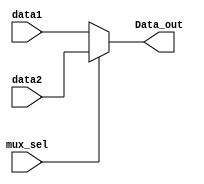

module mux2to1
#(
	parameter Nbit=12
)
(
	input mux_sel,
	input [Nbit-1:0] data1,
	input [Nbit-1:0] data2,
	output [Nbit-1:0] Data_out
);

reg [Nbit-1:0] mux_output;

always@(mux_sel,data1,data2)begin
	
	if(mux_sel==1'b0)begin
		mux_output = data1;
	end else begin
		mux_output = data2;
	end

end

assign Data_out = mux_output;

endmodule